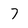
Character: 7